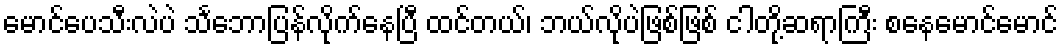
မောင်ပေသီးလဲပဲ သင်္ဘောပြန်လိုက်နေပြီ ထင်တယ်၊ ဘယ်လိုပဲဖြစ်ဖြစ် ငါတို့ဆရာကြီး စနေမောင်မောင်